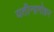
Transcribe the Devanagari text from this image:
यतीन्द्रमोहन